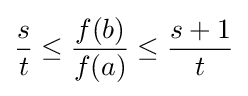
{\frac {s}{t}}\leq {\frac {f(b)}{f(a)}}\leq {\frac {s+1}{t}}